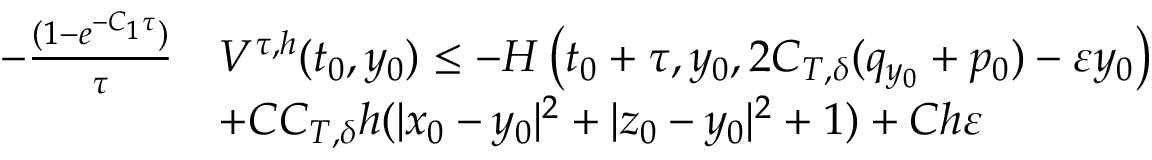
\begin{array} { r l } { - \frac { ( 1 - e ^ { - C _ { 1 } \tau } ) } \tau } & { V ^ { \tau , h } ( t _ { 0 } , y _ { 0 } ) \leq - H \left( t _ { 0 } + \tau , y _ { 0 } , 2 C _ { T , \delta } ( q _ { y _ { 0 } } + p _ { 0 } ) - \varepsilon y _ { 0 } \right) } \\ & { + C C _ { T , \delta } h ( | x _ { 0 } - y _ { 0 } | ^ { 2 } + | z _ { 0 } - y _ { 0 } | ^ { 2 } + 1 ) + C h \varepsilon } \end{array}